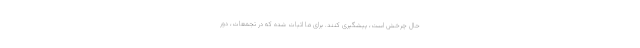
حال چرخش است، ‌پیشگیری کنند. برای ما اثبات شده که در تجمعات، ‌دور